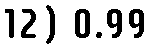
12) 0.99